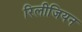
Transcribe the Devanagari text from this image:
रिलीजियन